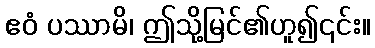
ဧဝံ ပဿာမိ၊ ဤသို့မြင်၏ဟူ၍၎င်း။